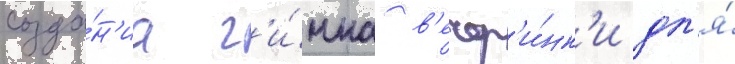
созда́н'иа г'и́мна в'ечер'и́нк'и дл'я́